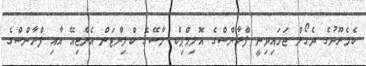
ކެމެރޫނުގެ ދެގޯލް ޖަހައިދިނީ ފްރާންސްގެ އޮލިމްޕިކް މާސޭގެ ކްލިންޓަން އެންޖިއޭ އާއި ފްރާންސްގެ